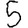
Digit: 5